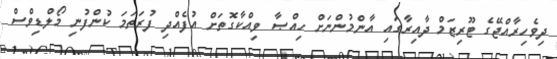
ދިވެހިރާއްޖޭގެ ޓޫރިޒަމް ދާއިރާގައި އާންމުންނަށް ހިއްޞާ ވިއްކާގޮތަށް އުފެއްދި ފުރަތަމަ ކުންފުނި މޯލްޑިވްސް